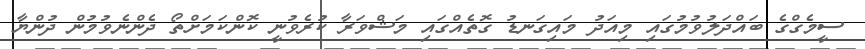
ސީމެގްގެ ބައްދަލުވުމުގައި މިއަދު މައިގަނޑު ގޮތެއްގައި މަޝްވަރާ ކުރެވުނީ ކޮންކަމަށްތޯ ދެންނެވުމުން ދުންޔާ